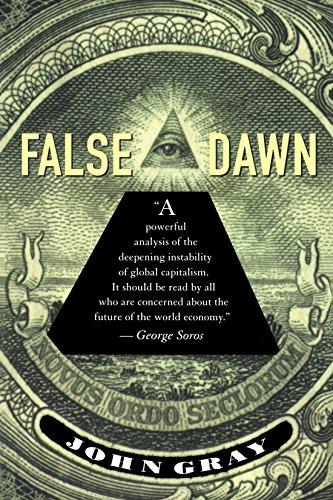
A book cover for False Dawn: The Delusions of Global Capitalism; John Gray; Business & Money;